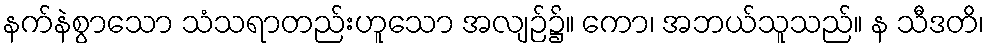
နက်နဲစွာသော သံသရာတည်းဟူသော အလျဉ်၌။ ကော၊ အဘယ်သူသည်။ န သီဒတိ၊